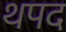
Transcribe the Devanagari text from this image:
थपद